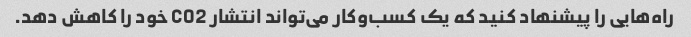
راه‌هایی را پیشنهاد کنید که یک کسب‌وکار می‌تواند انتشار CO2 خود را کاهش دهد.